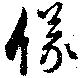
儀